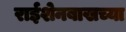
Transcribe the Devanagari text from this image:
राईशेनबाखच्या